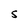
Character: S